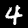
Label: 4